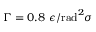
\Gamma = 0 . 8 ~ \epsilon / \mathrm { r a d } ^ { 2 } \sigma